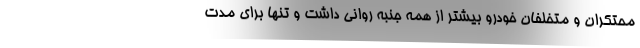
محتکران و متخلفان خودرو بیشتر از همه جنبه روانی داشت و تنها برای مدت